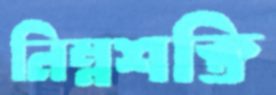
নিম্নশক্তি